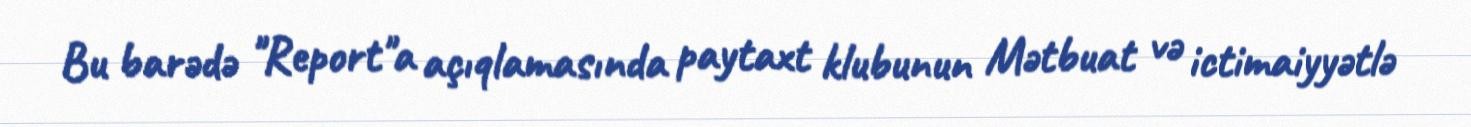
Bu barədə "Report"a açıqlamasında paytaxt klubunun Mətbuat və ictimaiyyətlə